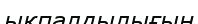
ықпалдылығын